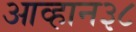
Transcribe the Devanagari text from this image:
आव्हान३८